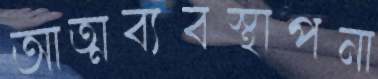
আত্মব্যবস্থাপনা